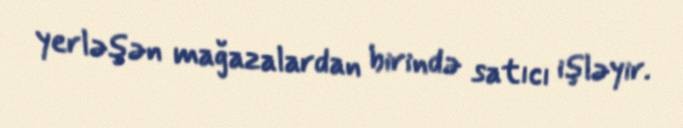
yerləşən mağazalardan birində satıcı işləyir.